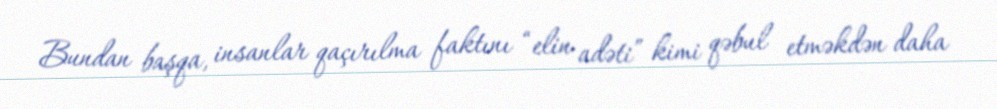
Bundan başqa, insanlar qaçırılma faktını “elin adəti” kimi qəbul etməkdən daha